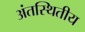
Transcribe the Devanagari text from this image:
अंतस्थितीय